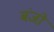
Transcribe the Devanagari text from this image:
बंजो